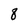
Character: 8